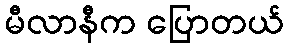
မီလာနီက ပြောတယ်